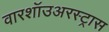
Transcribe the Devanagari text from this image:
वारशॉउअरस्ट्रास